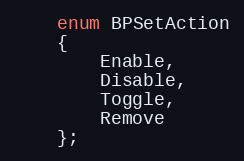
Language: C
    enum BPSetAction
    {
        Enable,
        Disable,
        Toggle,
        Remove
    };